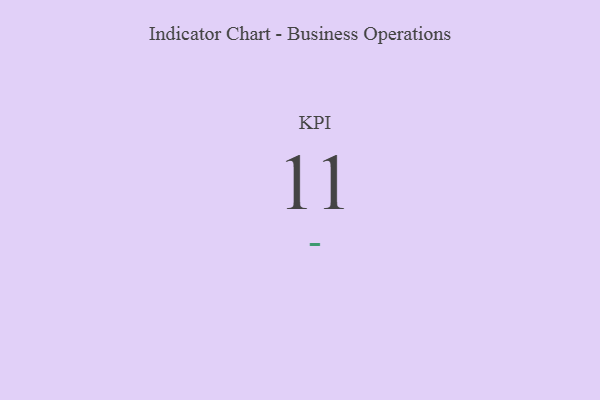
{"axis": {"x": "KPI", "y": "Value"}, "legend": [""], "data": [{"x": "KPI", "y": 11, "type": ""}]}